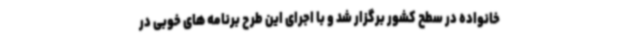
خانواده در سطح کشور برگزار شد و با اجرای این طرح برنامه های خوبی در